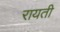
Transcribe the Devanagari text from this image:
रायती